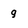
Character: 9